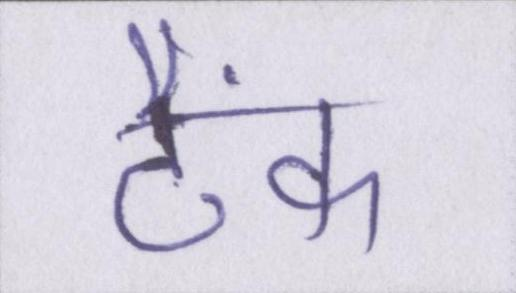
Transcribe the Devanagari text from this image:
टैंक